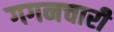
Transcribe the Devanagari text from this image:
गगनचारी